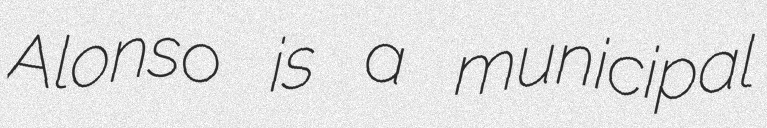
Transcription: Alonso is a municipal